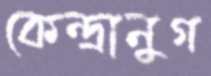
কেন্দ্রানুগ